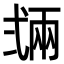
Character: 𢎏